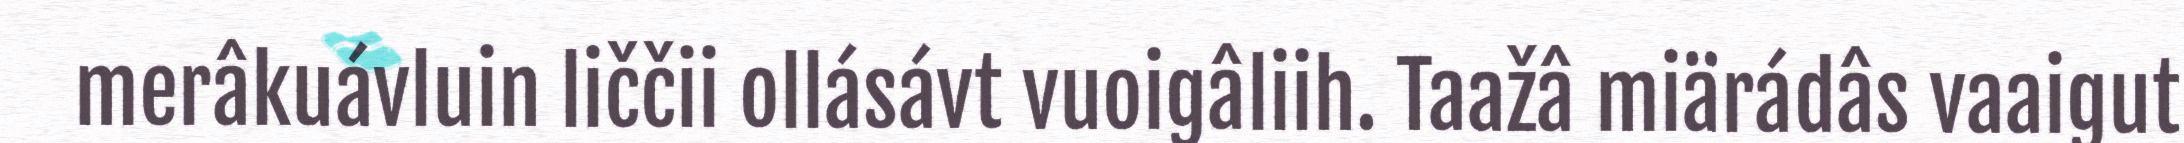
merâkuávluin liččii ollásávt vuoigâliih. Taažâ miärádâs vaaigut